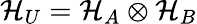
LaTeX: \mathcal{H}_{U}=\mathcal{H}_{A}\otimes\mathcal{H}_{B}